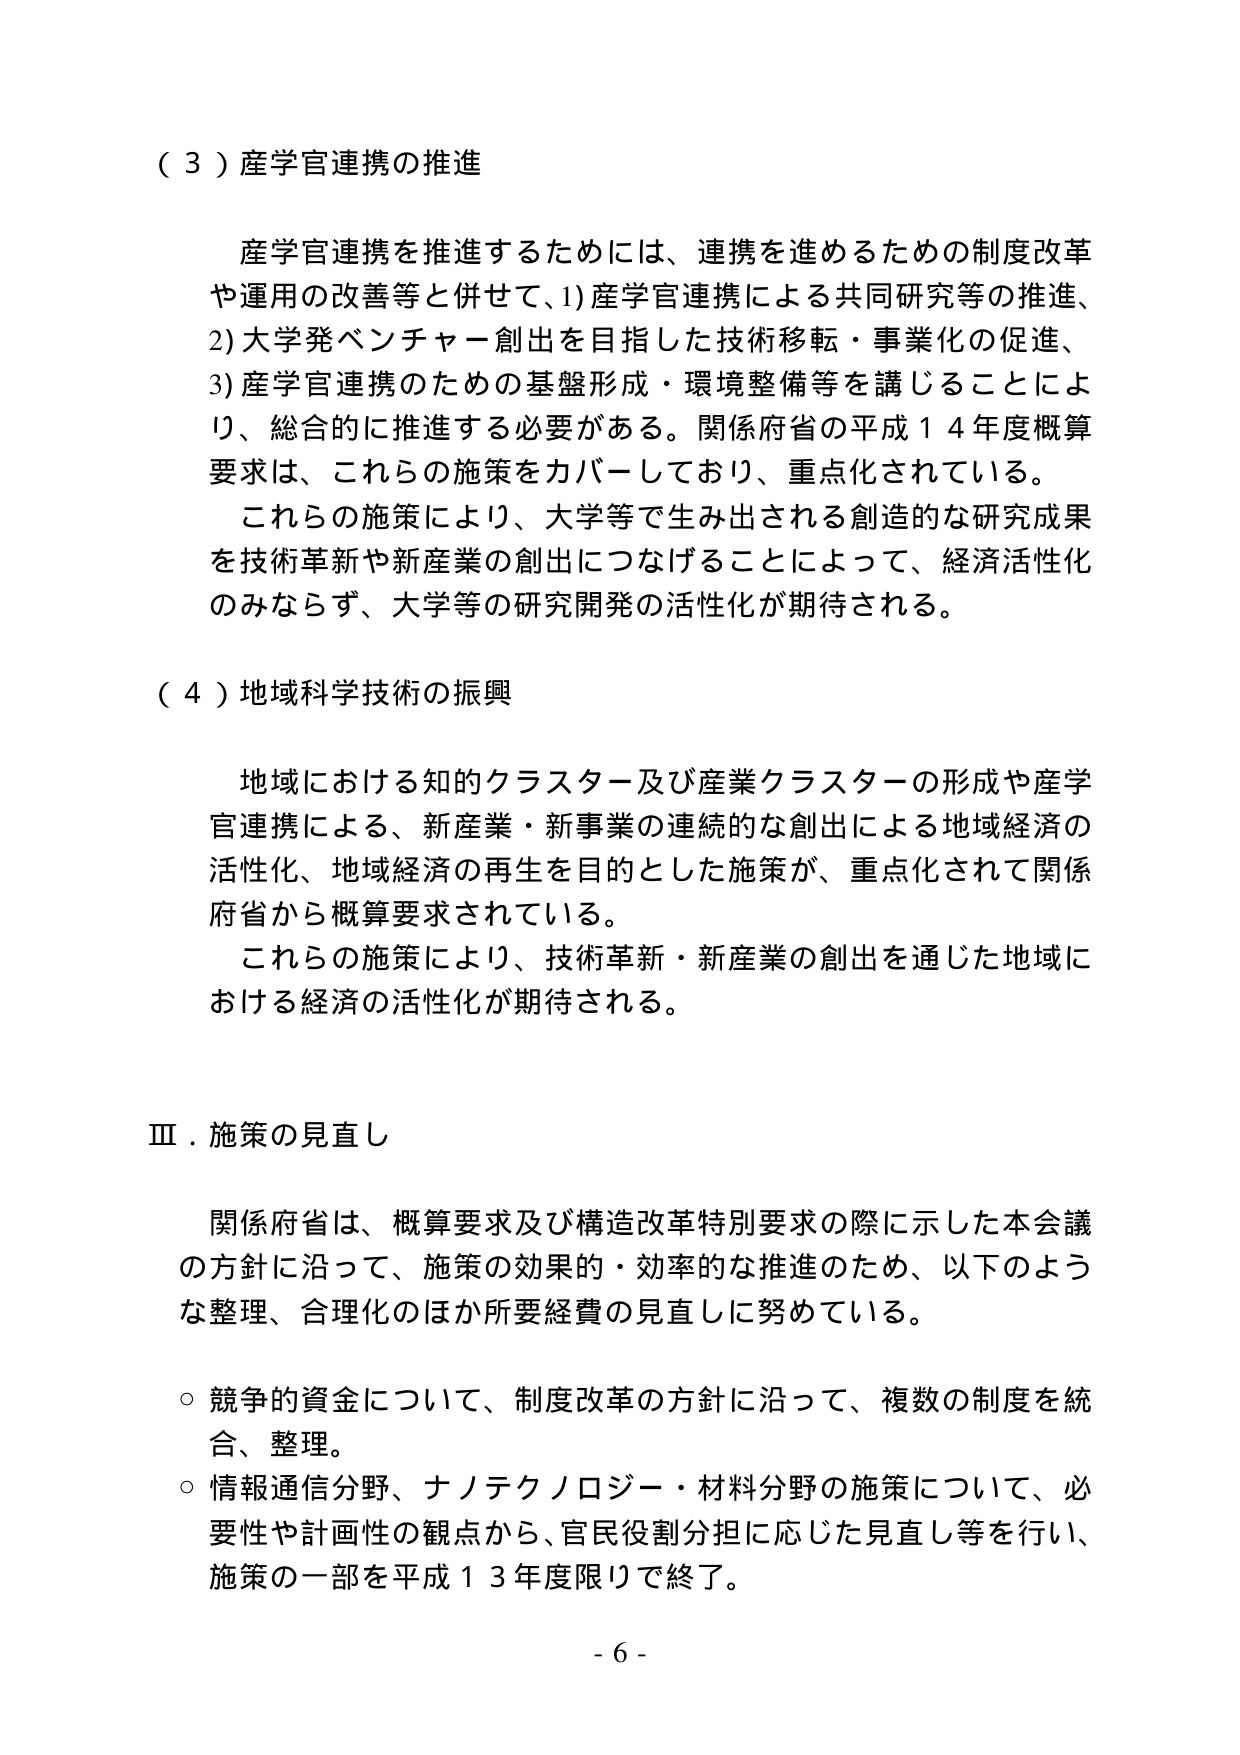
（３）産学官連携の推進

産学官連携を推進するためには、連携を進めるための制度改革や運用の改善等と併せて、1)産学官連携による共同研究等の推進、2)大学発ベンチャー創出を目指した技術移転・事業化の促進、3)産学官連携のための基盤形成・環境整備等を講じることにより、総合的に推進する必要がある。関係府省の平成１４年度概算要求は、これらの施策をカバーしており、重点化されている。

これらの施策により、大学等で生み出される創造的な研究成果を技術革新や新産業の創出につなげることによって、経済活性化のみならず、大学等の研究開発の活性化が期待される。

（４）地域科学技術の振興

地域における知的クラスター及び産業クラスターの形成や産学官連携による、新産業・新事業の連続的な創出による地域経済の活性化、地域経済の再生を目的とした施策が、重点化されて関係府省から概算要求されている。

これらの施策により、技術革新・新産業の創出を通じた地域における経済の活性化が期待される。

Ⅲ．施策の見直し

関係府省は、概算要求及び構造改革特別要求の際に示した本会議の方針に沿って、施策の効果的・効率的な推進のため、以下のような整理、合理化のほか所要経費の見直しに努めている。

○ 競争的資金について、制度改革の方針に沿って、複数の制度を統合、整理。

○ 情報通信分野、ナノテクノロジー・材料分野の施策について、必要性や計画性の観点から、官民役割分担に応じた見直し等を行い、施策の一部を平成１３年度限りで終了。

- 6 -